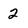
Character: 2